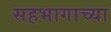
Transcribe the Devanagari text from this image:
सहभागाच्या